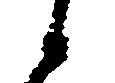
候